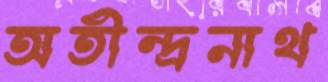
অতীন্দ্রনাথ